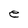
Character: e